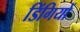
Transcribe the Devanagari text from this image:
डिंगियों